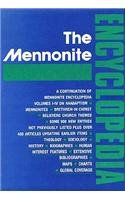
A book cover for The Mennonite Encyclopedia: A Comprehensive Reference Work on the Anabaptist-Mennonite Movement (Volume V); Cornelius J. Dyck; Christian Books & Bibles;